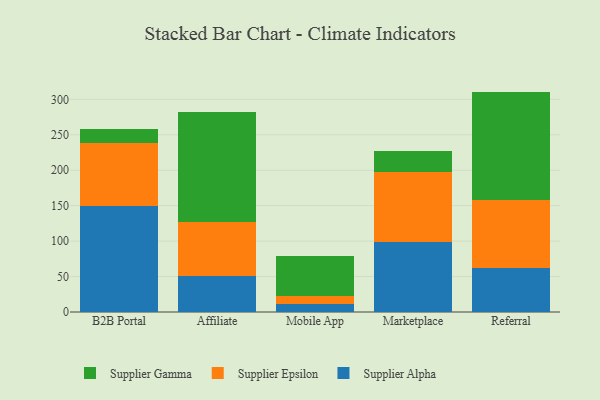
{"axis": {"x": "Channel", "y": "Active Users"}, "legend": ["Supplier Alpha", "Supplier Epsilon", "Supplier Gamma"], "data": [{"x": "B2B Portal", "y": 150.2, "type": "Supplier Alpha"}, {"x": "B2B Portal", "y": 88.0, "type": "Supplier Epsilon"}, {"x": "B2B Portal", "y": 19.3, "type": "Supplier Gamma"}, {"x": "Affiliate", "y": 50.4, "type": "Supplier Alpha"}, {"x": "Affiliate", "y": 76.3, "type": "Supplier Epsilon"}, {"x": "Affiliate", "y": 156.1, "type": "Supplier Gamma"}, {"x": "Mobile App", "y": 10.6, "type": "Supplier Alpha"}, {"x": "Mobile App", "y": 12.1, "type": "Supplier Epsilon"}, {"x": "Mobile App", "y": 55.8, "type": "Supplier Gamma"}, {"x": "Marketplace", "y": 98.4, "type": "Supplier Alpha"}, {"x": "Marketplace", "y": 98.4, "type": "Supplier Epsilon"}, {"x": "Marketplace", "y": 30.0, "type": "Supplier Gamma"}, {"x": "Referral", "y": 61.9, "type": "Supplier Alpha"}, {"x": "Referral", "y": 95.8, "type": "Supplier Epsilon"}, {"x": "Referral", "y": 153.2, "type": "Supplier Gamma"}]}